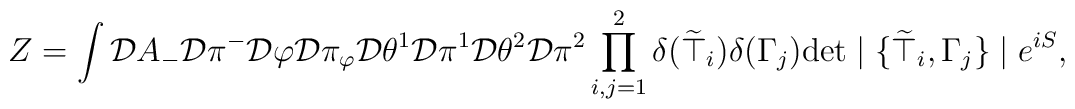
Z=  \int  {\cal D} A_{-}          {\cal D} \pi^{-}          {\cal D} \varphi          {\cal D} \pi_{\varphi}          {\cal D} \theta^{1}          {\cal D} \pi^{1}          {\cal D} \theta^{2}          {\cal D} \pi^{2}               \prod_{i,j = 1}^{2} \delta(\widetilde{\top}_i)                           \delta(\Gamma_j)                \mbox{det} \mid \{ \widetilde{\top}_i, \Gamma_j \} \mid                e^{iS},